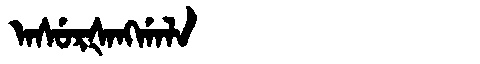
Manchu: ᠠᠰᡠᡵᡧᠠᠩᡤᠠᠯᠠ
Romanization: ASURŠANGGALA